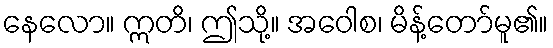
နေလော။ ဣတိ၊ ဤသို့။ အဝေါစ၊ မိန့်တော်မူ၏။